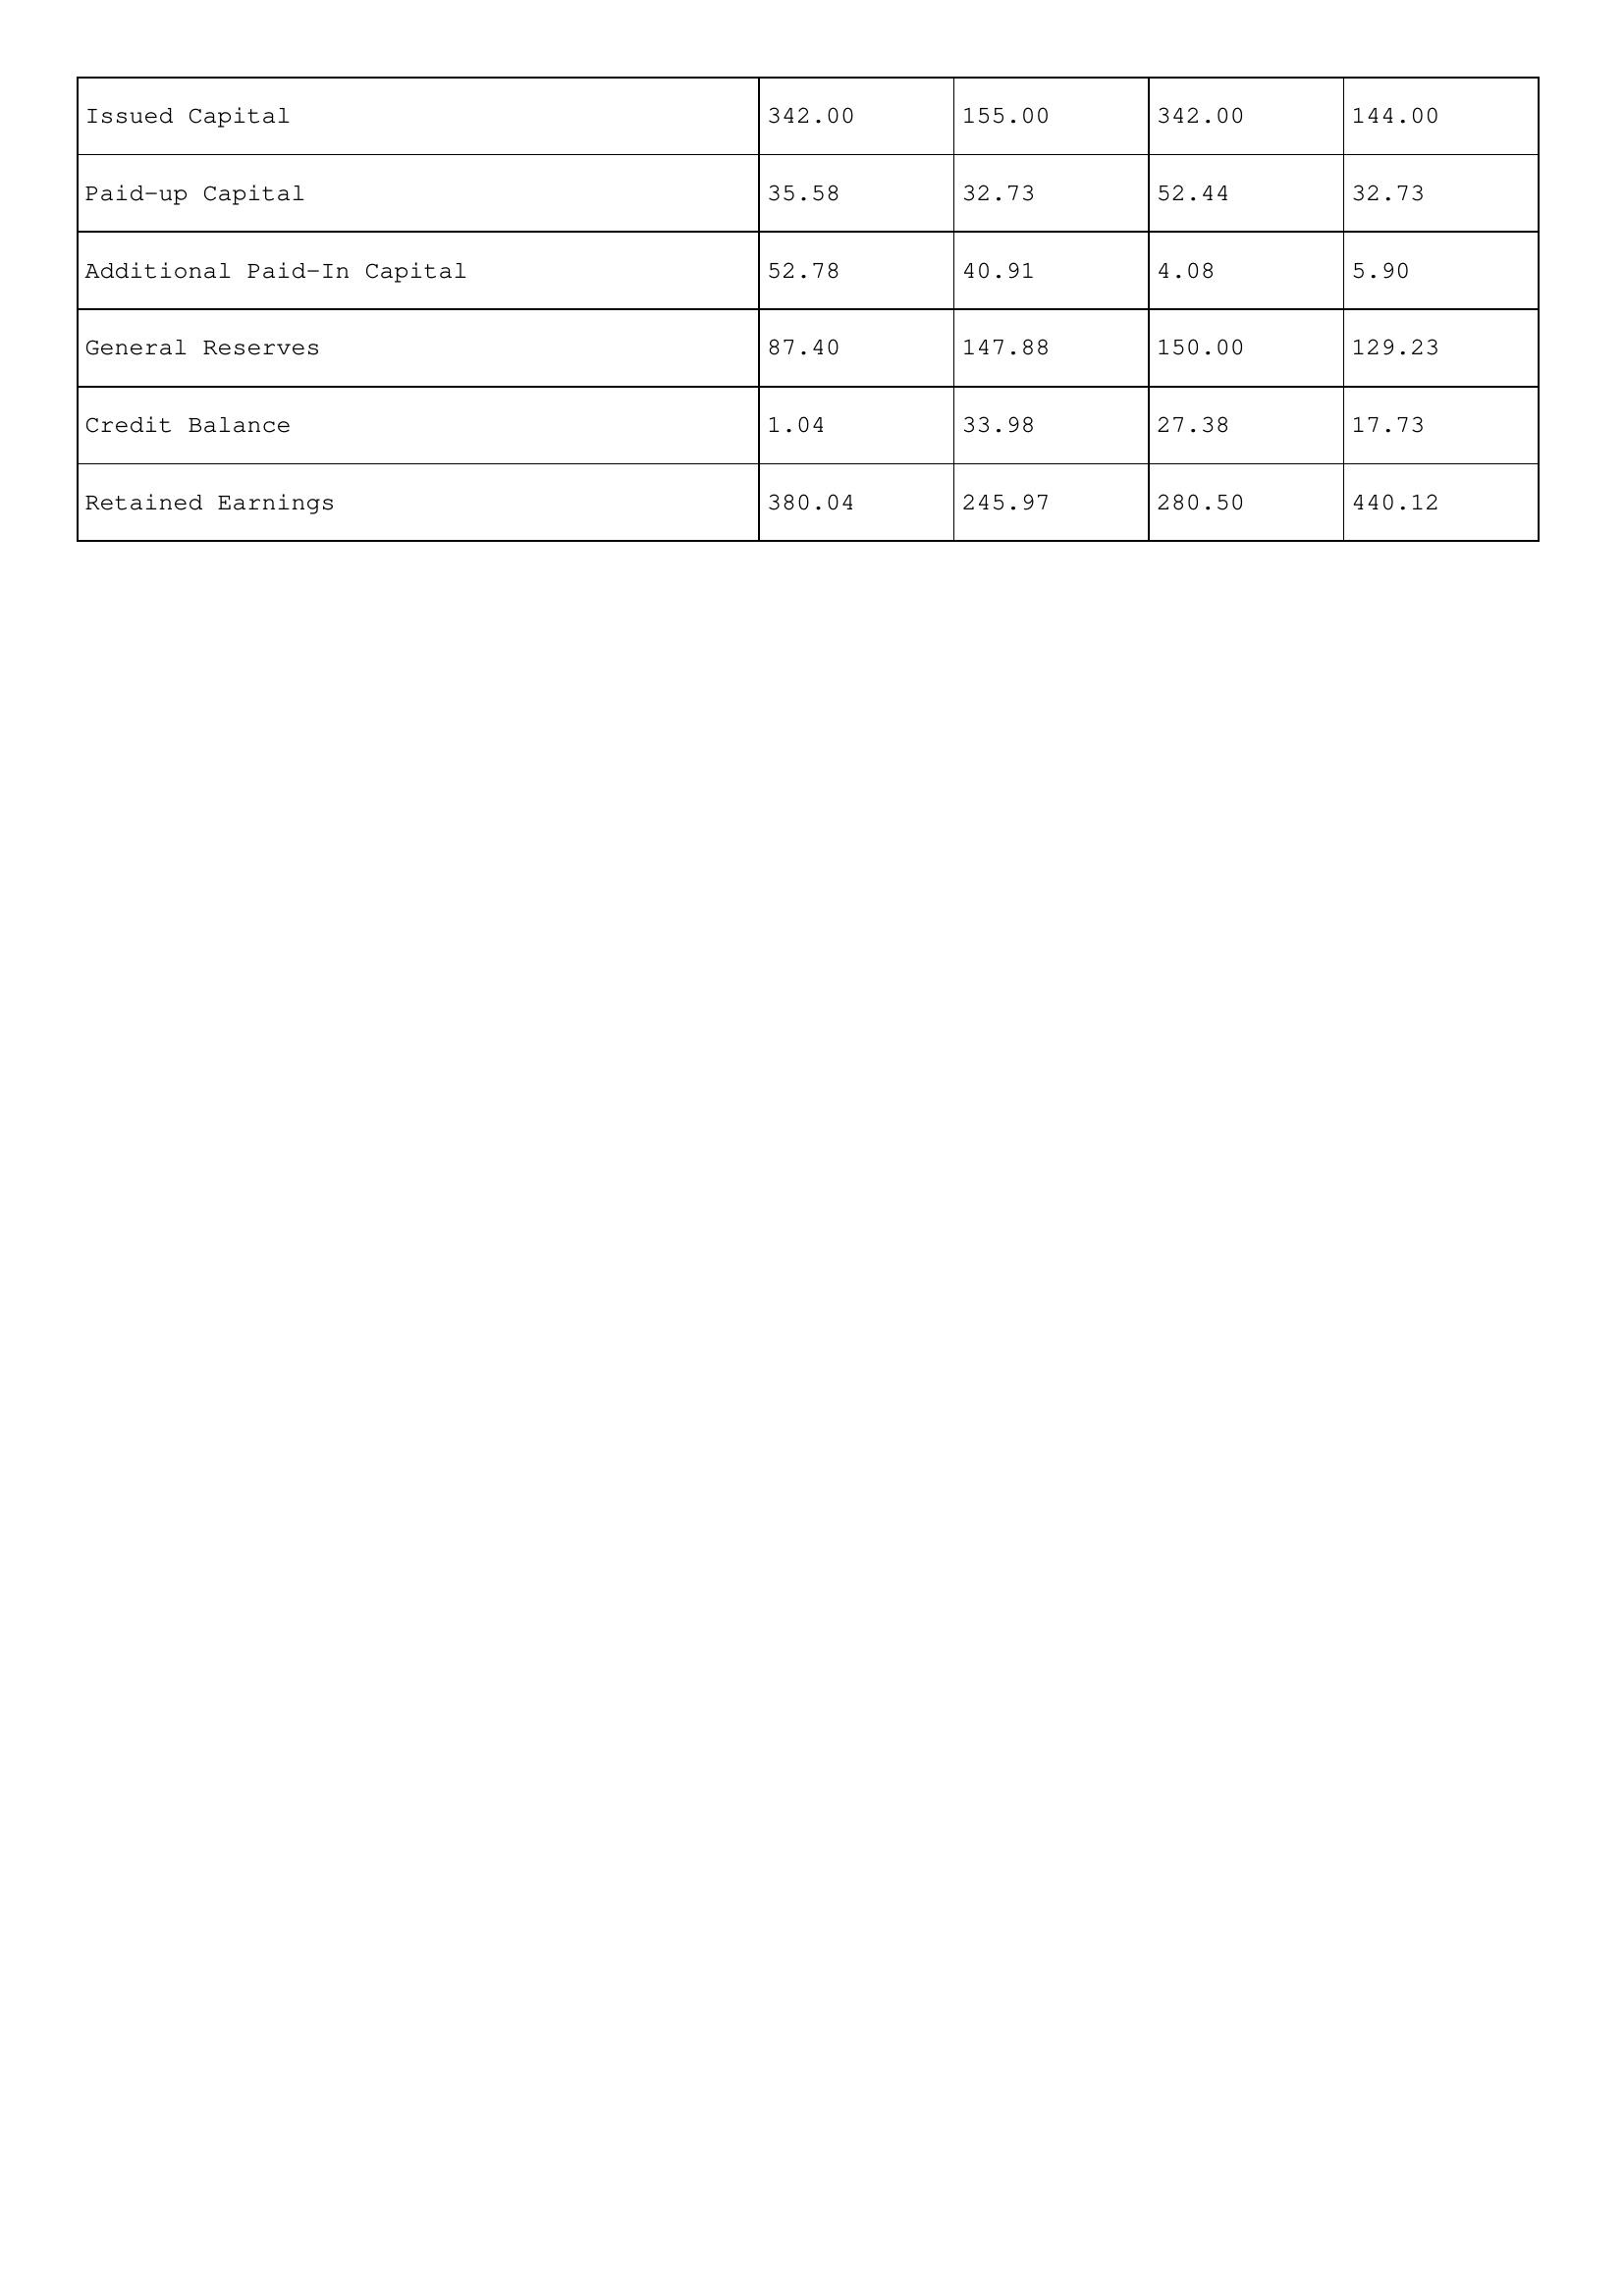
gt_parse: 2020: Issued Capital: 342.00
Paid-up Capital: 35.58
Additional Paid-In Capital: 52.78
General Reserves: 87.40
Credit Balance: 1.04
Retained Earnings: 380.04
2019: Issued Capital: 155.00
Paid-up Capital: 32.73
Additional Paid-In Capital: 40.91
General Reserves: 147.88
Credit Balance: 33.98
Retained Earnings: 245.97
2018: Issued Capital: 342.00
Paid-up Capital: 52.44
Additional Paid-In Capital: 4.08
General Reserves: 150.00
Credit Balance: 27.38
Retained Earnings: 280.50
2017: Issued Capital: 144.00
Paid-up Capital: 32.73
Additional Paid-In Capital: 5.90
General Reserves: 129.23
Credit Balance: 17.73
Retained Earnings: 440.12